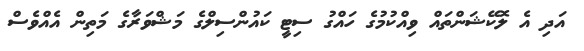
އަދި އެ ލޮކޭޝަންތައް ވިއްކުމުގެ ހައްގު ސިޓީ ކައުންސިލްގެ މަޝްވަރާގެ މަތިން އެއްވެސް